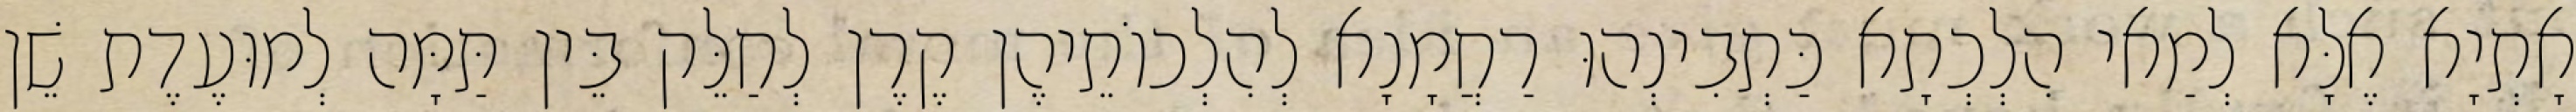
אָתְיָא אֶלָּא לְמַאי הִלְכְתָא כַּתְבִינְהוּ רַחֲמָנָא לְהִלְכוֹתֵיהֶן קֶרֶן לְחַלֵּק בֵּין תַּמָּה לְמוּעֶדֶת שֵׁן